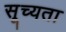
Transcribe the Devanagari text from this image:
सूच्यता